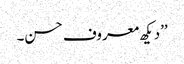
’’دیکھ معروف حسن۔